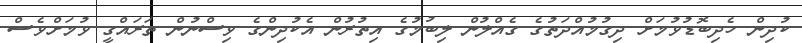
ކުދިން ހެދިބޮޑުވުމަށް ދިގުމުއްދަތުގެ ގެއްލުން ލިބުމުގެ އިތުރުން އެކުދިންގެ ވިސްނުން ތަރައްގީ ވުމަށްވެސް